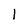
Character: l